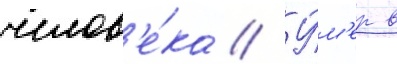
челов'е́ка // У́м'ер в